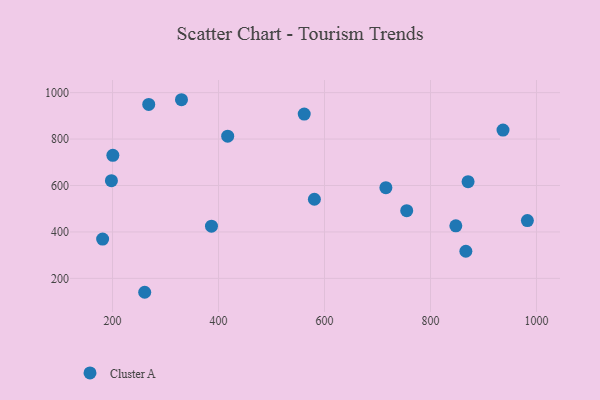
{"axis": {"x": "Ad Spend", "y": "Salary"}, "legend": ["Cluster A"], "data": [{"x": "561.7", "y": 907.5, "type": "Cluster A"}, {"x": "866.7", "y": 316.9, "type": "Cluster A"}, {"x": "580.9", "y": 540.8, "type": "Cluster A"}, {"x": "847.8", "y": 426.5, "type": "Cluster A"}, {"x": "936.8", "y": 838.8, "type": "Cluster A"}, {"x": "715.8", "y": 590.8, "type": "Cluster A"}, {"x": "982.8", "y": 449.0, "type": "Cluster A"}, {"x": "330.1", "y": 969.4, "type": "Cluster A"}, {"x": "197.9", "y": 620.6, "type": "Cluster A"}, {"x": "260.7", "y": 140.2, "type": "Cluster A"}, {"x": "181.3", "y": 369.5, "type": "Cluster A"}, {"x": "386.7", "y": 424.9, "type": "Cluster A"}, {"x": "268.3", "y": 949.0, "type": "Cluster A"}, {"x": "755.1", "y": 491.6, "type": "Cluster A"}, {"x": "417.3", "y": 812.4, "type": "Cluster A"}, {"x": "870.9", "y": 616.5, "type": "Cluster A"}, {"x": "200.6", "y": 730.1, "type": "Cluster A"}]}